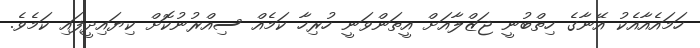
ހަމައެއާއެކު އޭނާގެ ހިތްބުނީ ޖަޒްލާއަށް އީތަންވަނީ ހުރިހާ ކަމެއް ސިއްރުނުކޮށް ކިޔައިދީފައި ކަމެވެ.